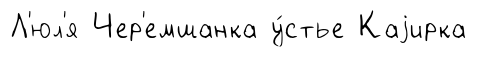
Л'юл'я Чер'емшанка у́стье Каjирка